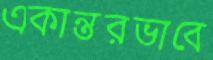
একান্তরভাবে